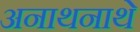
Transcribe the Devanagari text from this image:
अनाथनाथे